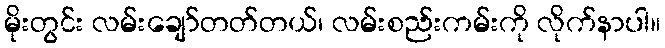
မိုးတွင်း လမ်းချော်တတ်တယ်၊ လမ်းစည်းကမ်းကို လိုက်နာပါ။